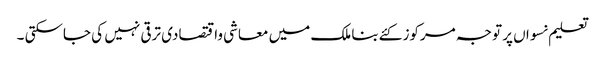
تعلیم نسواں پر توجہ مرکوز کئےبنا ملک میں معاشی واقتصادی ترقی نہیں کی جاسکتی ۔